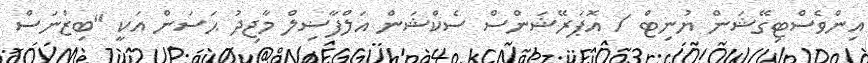
އިންވެސްޓިގޭޝަން ޔުނިޓް / އޮޕަރޭޝަންސް ސެކްޝަން އަލްފާޟިލް މާޖިދު ޙަސަން އަކީ "ބިޒްނަސް